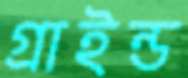
গ্রাইন্ড